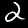
Label: 2